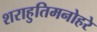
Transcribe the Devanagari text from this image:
शराहुतिमनोहरे